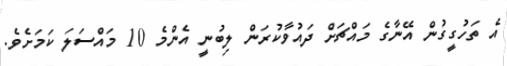
އެ ތަހުގީގުން އޭނާގެ މައްޗަށް ދައުވާކުރަން ލިބުނީ އެންމެ 10 މައްސަލަ ކަމަށެވެ.